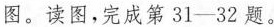
图。读图，完成第31——32题。